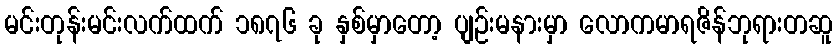
မင်းတုန်းမင်းလက်ထက် ၁၈၇၆ ခု နှစ်မှာတော့ ပျဉ်းမနားမှာ လောကမာရဇိန်ဘုရားတဆူ